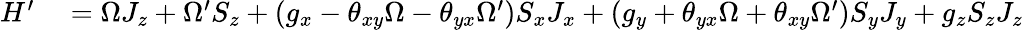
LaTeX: \begin{array}{rl}{H^{\prime}}&{{}=\Omega J_{z}+\Omega^{\prime}S_{z}+(g_{x}-\theta_{xy}\Omega-\theta_{yx}\Omega^{\prime})S_{x}J_{x}+(g_{y}+\theta_{yx}\Omega+\theta_{xy}\Omega^{\prime})S_{y}J_{y}+g_{z}S_{z}J_{z}}\end{array}